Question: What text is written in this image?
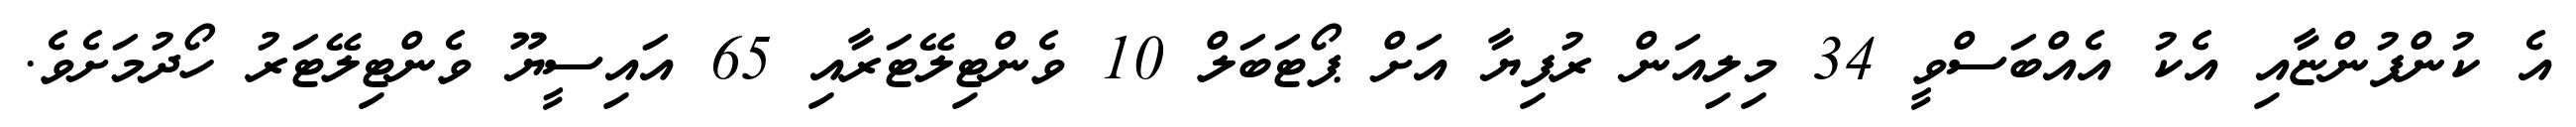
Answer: އެ ކުންފުންޏާއި އެކު އެއްބަސްވީ 34 މިލިއަން ރުފިޔާ އަށް ޕޯޓަބަލް 10 ވެންޓިލޭޓަރާއި 65 އައިސީޔޫ ވެންޓިލޭޓަރު ހޯދުމަށެވެ.